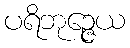
ပရိဘုဉ္ဇေယ